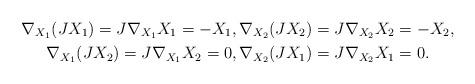
LaTeX: \begin{gather*}\nabla_{X_1}(JX_1)=J\nabla_{X_1}X_1=-X_1, \nabla_{X_2}(JX_2)=J\nabla_{X_2}X_2=-X_2,\\\nabla_{X_1}(JX_2)=J\nabla_{X_1}X_2=0,\nabla_{X_2}(JX_1)=J\nabla_{X_2}X_1=0.\end{gather*}